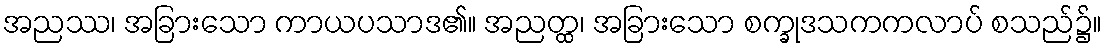
အညဿ၊ အခြားသော ကာယပသာဒ၏။ အညတ္ထ၊ အခြားသော စက္ခုဒသကကလာပ် စသည်၌။